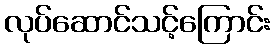
လုပ်ဆောင်သင့်ကြောင်း